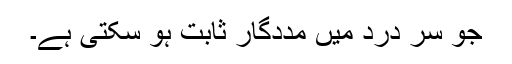
جو سر درد میں مددگار ثابت ہو سکتی ہے۔